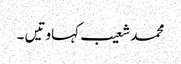
محمد شعیب	کہاوتیں ۔